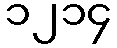
၁၂၁၄